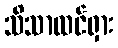
သိသာထင်ရှား